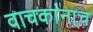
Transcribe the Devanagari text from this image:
वाचकांना्च